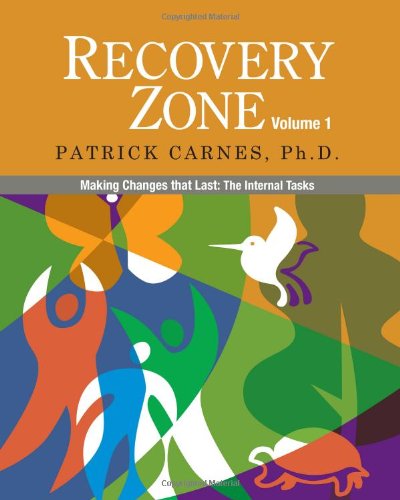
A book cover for Recovery Zone, Vol. 1: Making Changes that Last - The Internal Tasks; Patrick J. Carnes; Self-Help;